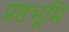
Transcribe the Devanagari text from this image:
प्रष्टभूमि